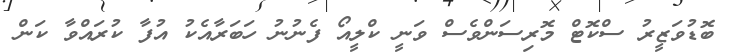
ބޮޑުވަޒީރު ސްކޮޓް މޮރިސަންވެސް ވަނީ ކްލީއޯ ފެނުނު ހަބަރާއެކު އުފާ ކުރައްވާ ކަން